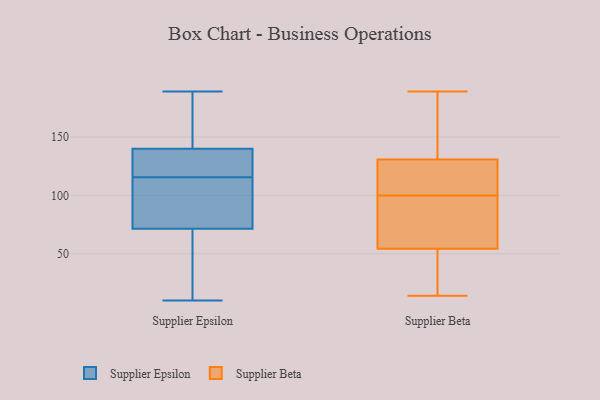
{"axis": {"x": "Humidity (%)", "y": "Value"}, "legend": ["Supplier Beta", "Supplier Epsilon"], "data": [{"x": "", "y": 109, "type": "Supplier Epsilon"}, {"x": "", "y": 55, "type": "Supplier Epsilon"}, {"x": "", "y": 10, "type": "Supplier Epsilon"}, {"x": "", "y": 119, "type": "Supplier Epsilon"}, {"x": "", "y": 30, "type": "Supplier Epsilon"}, {"x": "", "y": 140, "type": "Supplier Epsilon"}, {"x": "", "y": 142, "type": "Supplier Epsilon"}, {"x": "", "y": 112, "type": "Supplier Epsilon"}, {"x": "", "y": 88, "type": "Supplier Epsilon"}, {"x": "", "y": 128, "type": "Supplier Epsilon"}, {"x": "", "y": 140, "type": "Supplier Epsilon"}, {"x": "", "y": 189, "type": "Supplier Epsilon"}, {"x": "", "y": 108, "type": "Supplier Beta"}, {"x": "", "y": 121, "type": "Supplier Beta"}, {"x": "", "y": 14, "type": "Supplier Beta"}, {"x": "", "y": 52, "type": "Supplier Beta"}, {"x": "", "y": 55, "type": "Supplier Beta"}, {"x": "", "y": 136, "type": "Supplier Beta"}, {"x": "", "y": 184, "type": "Supplier Beta"}, {"x": "", "y": 148, "type": "Supplier Beta"}, {"x": "", "y": 100, "type": "Supplier Beta"}, {"x": "", "y": 129, "type": "Supplier Beta"}, {"x": "", "y": 49, "type": "Supplier Beta"}, {"x": "", "y": 20, "type": "Supplier Beta"}, {"x": "", "y": 189, "type": "Supplier Beta"}, {"x": "", "y": 83, "type": "Supplier Beta"}, {"x": "", "y": 68, "type": "Supplier Beta"}, {"x": "", "y": 79, "type": "Supplier Beta"}, {"x": "", "y": 127, "type": "Supplier Beta"}]}